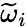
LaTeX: \widetilde{\omega}_{i}